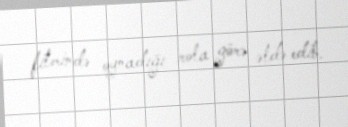
filmində oynadığı rola görə əldə edib.